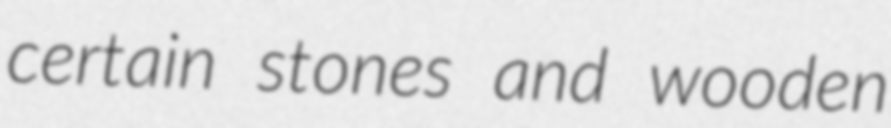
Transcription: certain stones and wooden